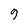
Character: 9